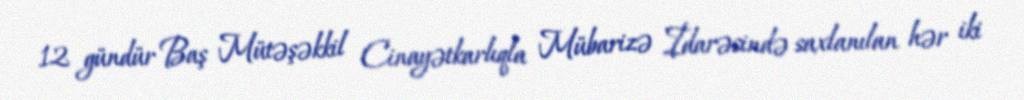
12 gündür Baş Mütəşəkkil Cinayətkarlıqla Mübarizə İdarəsində saxlanılan hər iki